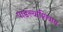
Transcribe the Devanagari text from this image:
पाडल्याशिवाय